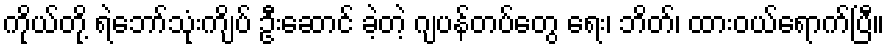
ကိုယ်တို့ ရဲဘော်သုံးကျိပ် ဦးဆောင် ခဲ့တဲ့ ဂျပန်တပ်တွေ ရေး၊ ဘိတ်၊ ထားဝယ်ရောက်ပြီ။